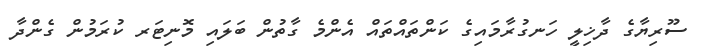
ސޫރިޔާގެ ދާޚިލީ ހަނގުރާމައިގެ ކަންތައްތައް އެންމެ ގާތުން ބަލައި މޮނިޓަރ ކުރަމުން ގެންދާ